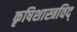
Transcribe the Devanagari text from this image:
कृषिशास्त्रविद्